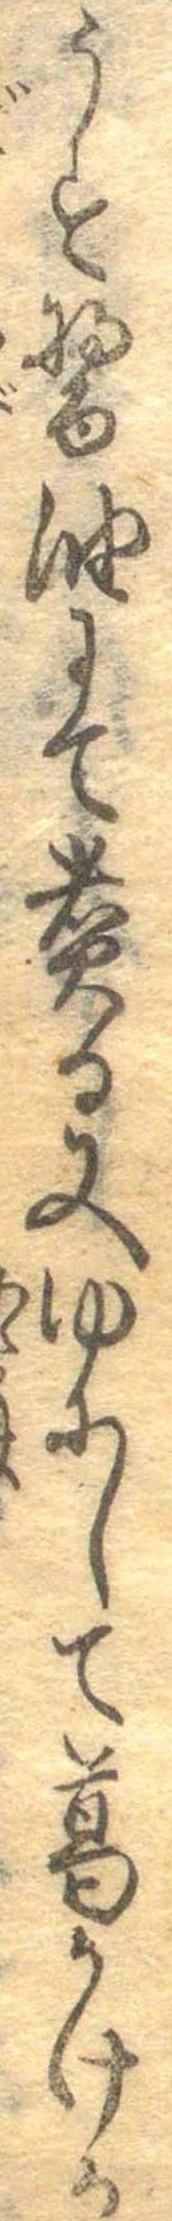
うす醤油にて煮る又ゆにして葛かけか